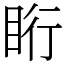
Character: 䀪